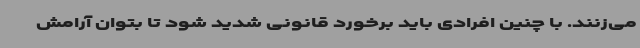
می‌زنند. با چنین افرادی باید برخورد قانونی شدید شود تا بتوان آرامش